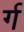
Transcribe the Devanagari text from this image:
र्ग